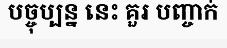
បច្ចុប្បន្ន នេះ គួរ បញ្ចាក់